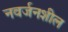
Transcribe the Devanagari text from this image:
नवर्जनशील